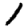
Digit: 1